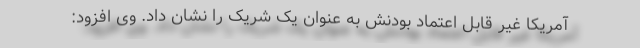
آمریکا غیر قابل اعتماد بودنش به عنوان یک شریک را نشان داد. وی افزود: